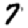
Digit: 7